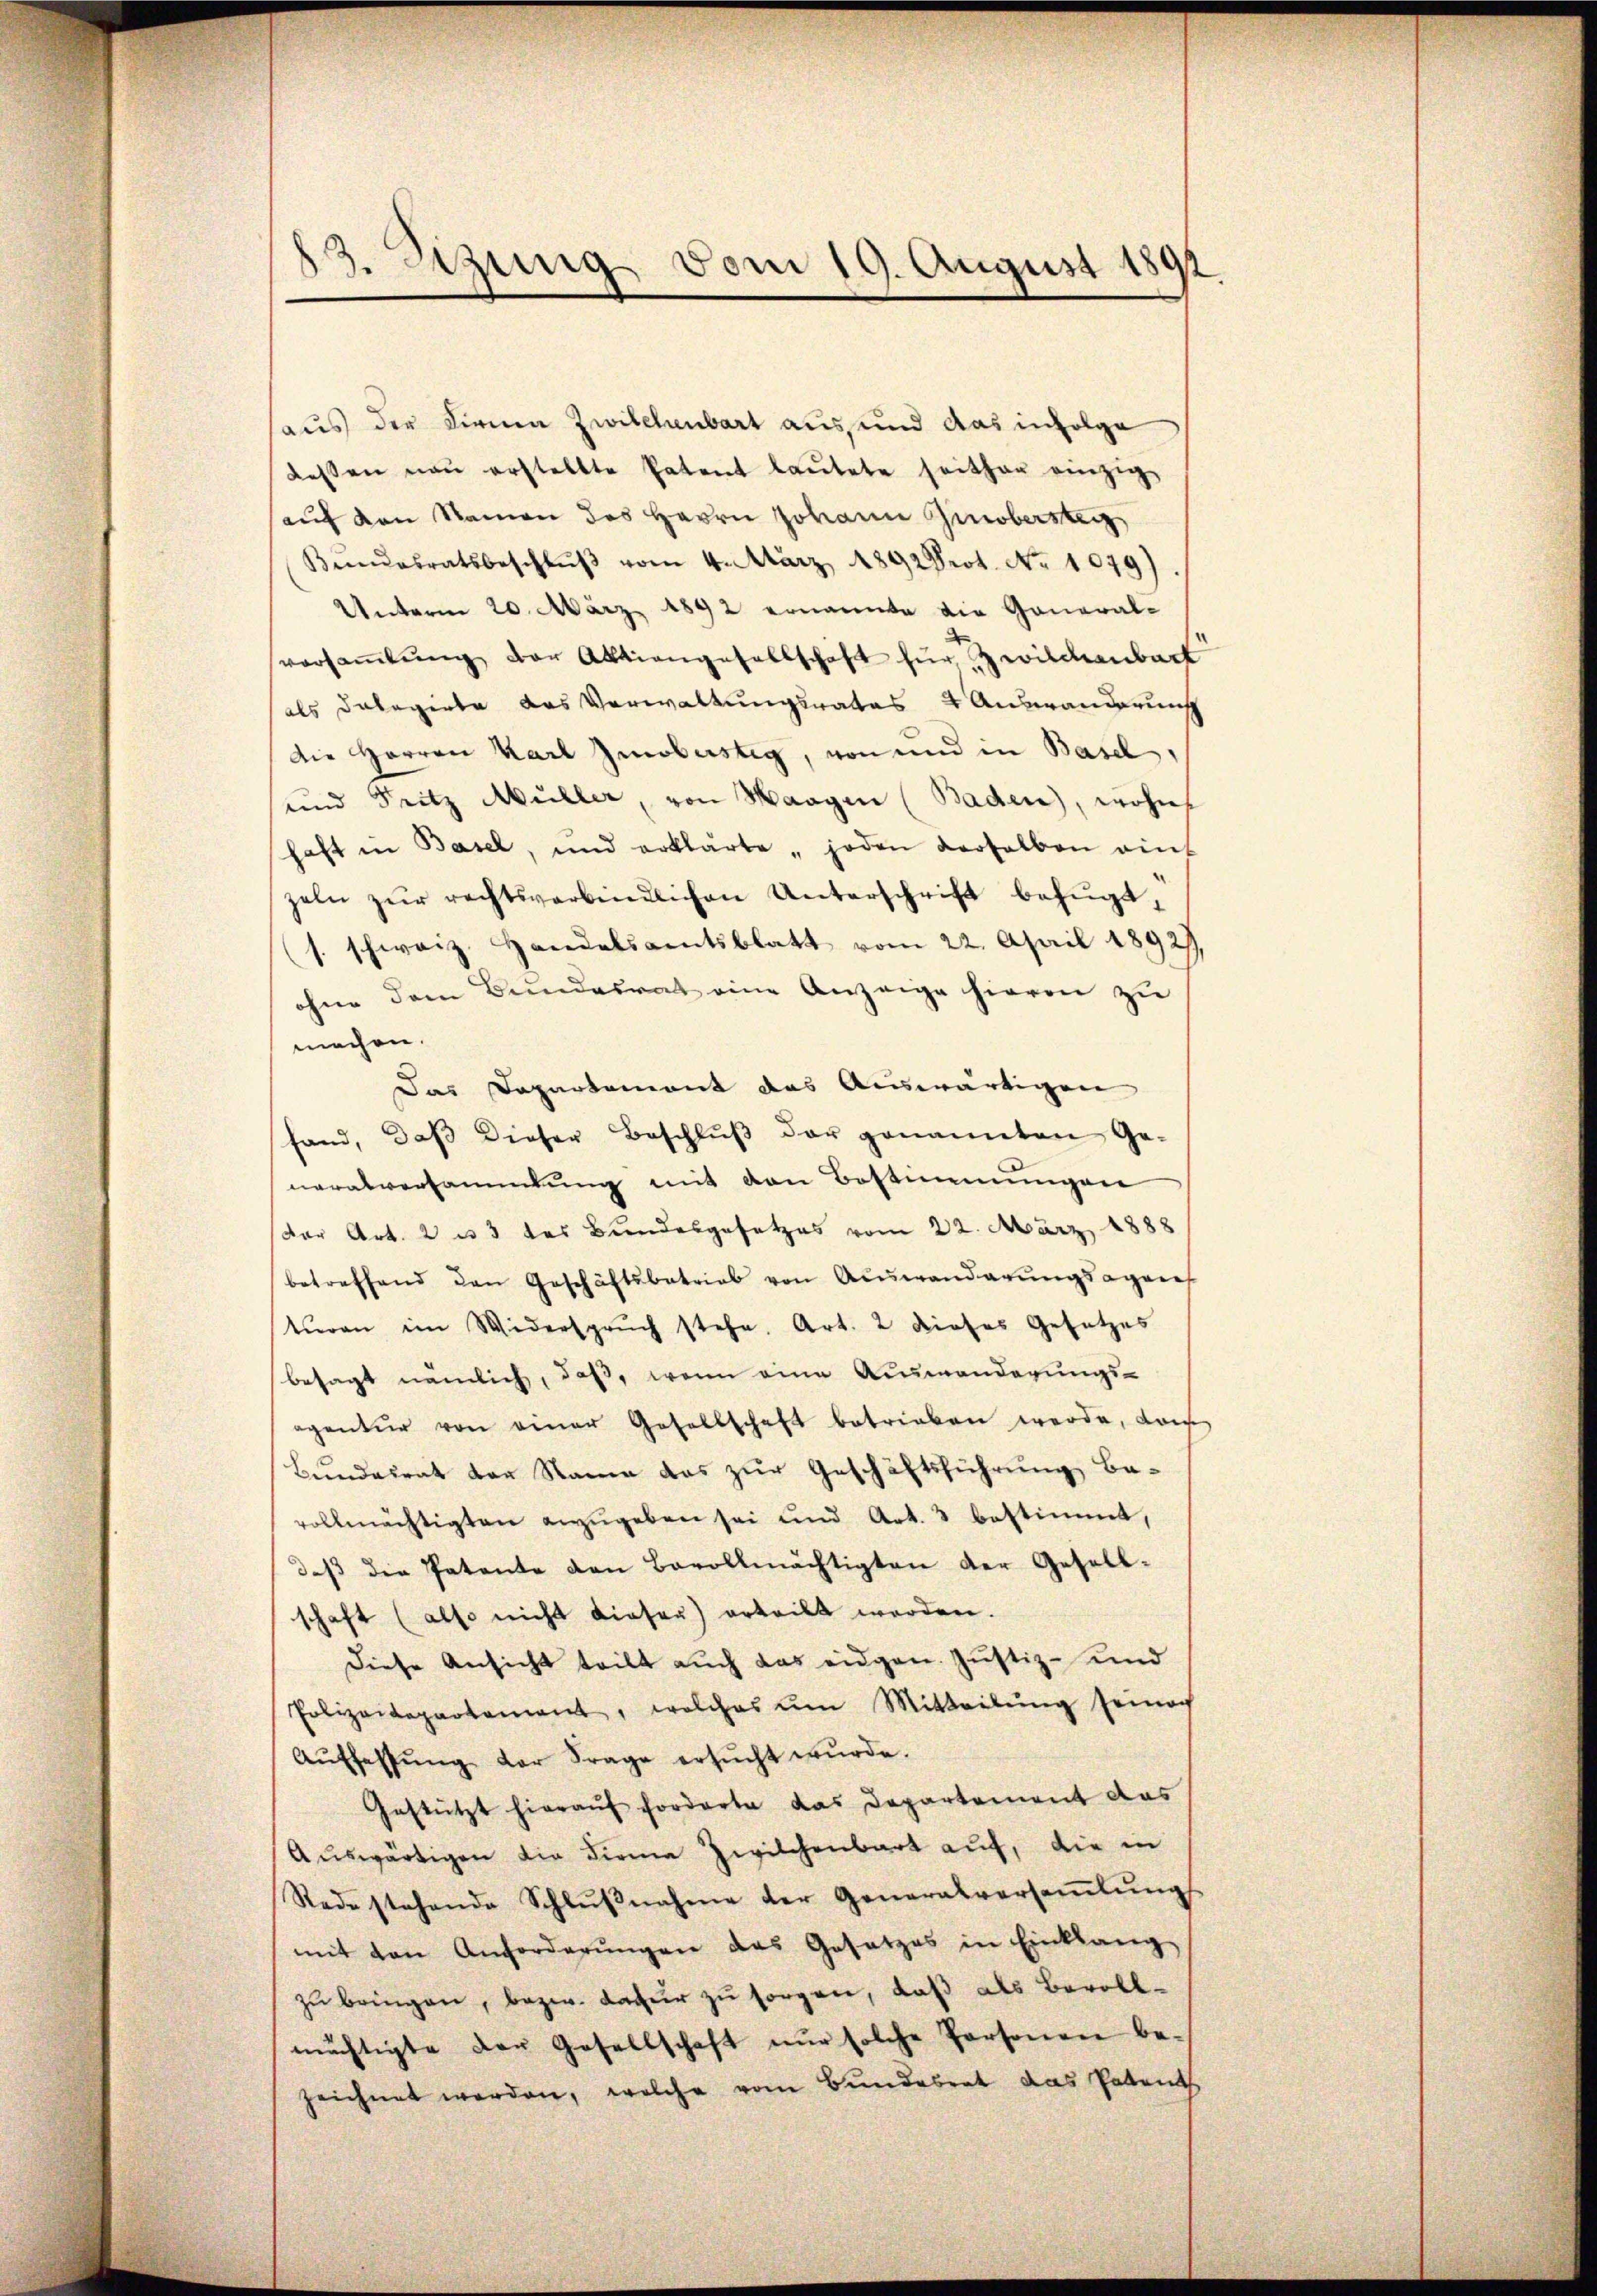
83. Segung vom 19. August 1892

aus der Firma Zwilchenbart aus, und das infolge
dessen neŭ erstellte Patent laŭtete seither einzig
sauf von Namen des Herrn Johann Zinobersteig
Beendesratsbeschlŭβ vom 4. März 1892 Prot. No 1079)
Unterm 20. März 1892 ernannte die General-
versaṁlŭng der Aktiengesellschaft für Zwilchenbart
als Dolegirte das Verwaltungsrates & Auswanderung
Die Herren Karl Gmobustig, von und in Basel,
und Seitz Müller, von Waagen (Baden), wohne
haft in Basel, und erklärte "joden derselben aus
zeln zur rechtsverbindlichen Unterschrift befŭgt,
s. schweiz. Handelsamtsblatt vom 22. April 1892,
ohne dem Bundesrat eine Anzeige hievon zu
machen.
Das Departement das Auswärtigen
fand, daβ dieser Beschlŭβ der genannten Ge-
neralversammlung mit den Bestimmungen
(der Art. 2 u 3 des Bundesgesetzes vom 22. März 1888
betreffend den Geschäftsbetrieb von Auswanderŭngsagene
turen im Widerspruch stehe. Art. 2 dieses Gesetzes
besagt nämlich, daß, wenn eine Auswanderungs-
egentur von einer Gesellschaft betrieben werde, dan
Bundesrat der Name das zur Geschäftsführung Bavollmächtigten anzŭgeben sei und Art. 3 bestimmt,
daβ die Patente den Bevollmächtigten der Gesell-
schaft (also nicht dieser) erteilt werden.
diese Ansicht teilt aŭch das eidgen. Justiz- und
Polizeidepartament, welches um Mitteilŭng seiner
Aŭffassŭng der Frage ersŭcht wŭrde.
Gestützt hierauf forderte das Departement das
Aŭswärtigen die Firma Zwilchenbart auf, die in
Rede stehende Schlußnahme der Generalversammlungss
mit den Anforderŭngen das Gesetzes in Einklang
zŭ bringen, bezw. datur zu sorgen, daß als Bevollmüchtigte der Gesellschaft nŭr solche Personen be-
zeichnet werden, welche vom Bundesrat das Patent